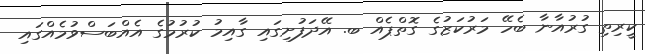
ކީރިތި ގުރުއާނާ ބެހޭ މަރުކަޒުގެ ގޮތްޕެއް ބ. އޭދަފުށިގައި ގާއިމު ކުރުމުގެ އެއްބަސްވުމެއްގައި